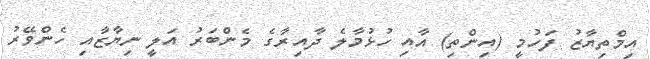
އިމްތިޔާޒު ފަހުމީ (އިންތި) އާއި ހުޅުމާލެ ދާއިރާގެ މެންބަރު އަލީ ނިޔާޒާއި ހެންވޭރު